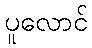
ပူလောင်